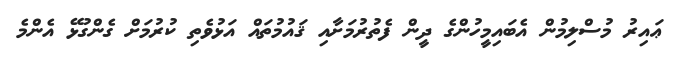
ޢައިރު މުސްލިމުން އެބައިމީހުންގެ ދީން ފެތުރުމަށާއި ޤައުމުތައް އަޅުވެތި ކުރުމަށް ގެންގުޅޭ އެންމެ